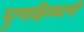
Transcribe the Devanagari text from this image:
घूणक्षिस्थापी